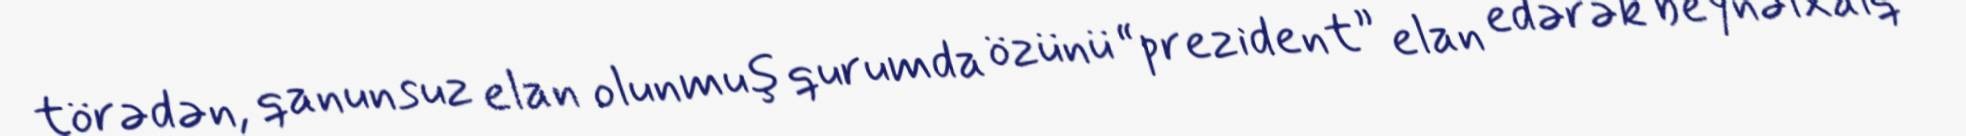
törədən, qanunsuz elan olunmuş qurumda özünü “prezident” elan edərək beynəlxalq